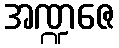
အဏ္ဍဇေ